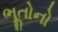
ભૂતોનો